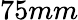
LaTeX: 75mm